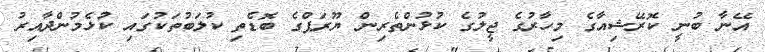
އޭނާ ބުނީ ކޮރޭޝިއާގެ މިހާރުގެ ޖީލުގެ ކުޅުންތެރިން ޔޫރަޕްގެ ބޮޑެތި ކުލަބުތަކުގައި ކުޅެމުންދާއިރު